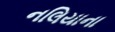
નલિયાના